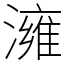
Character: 澭